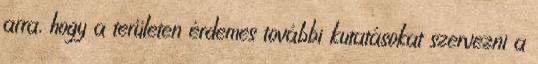
arra, hogy a területen érdemes további kutatásokat szervezni a